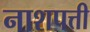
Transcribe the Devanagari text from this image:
नाशपत्ती